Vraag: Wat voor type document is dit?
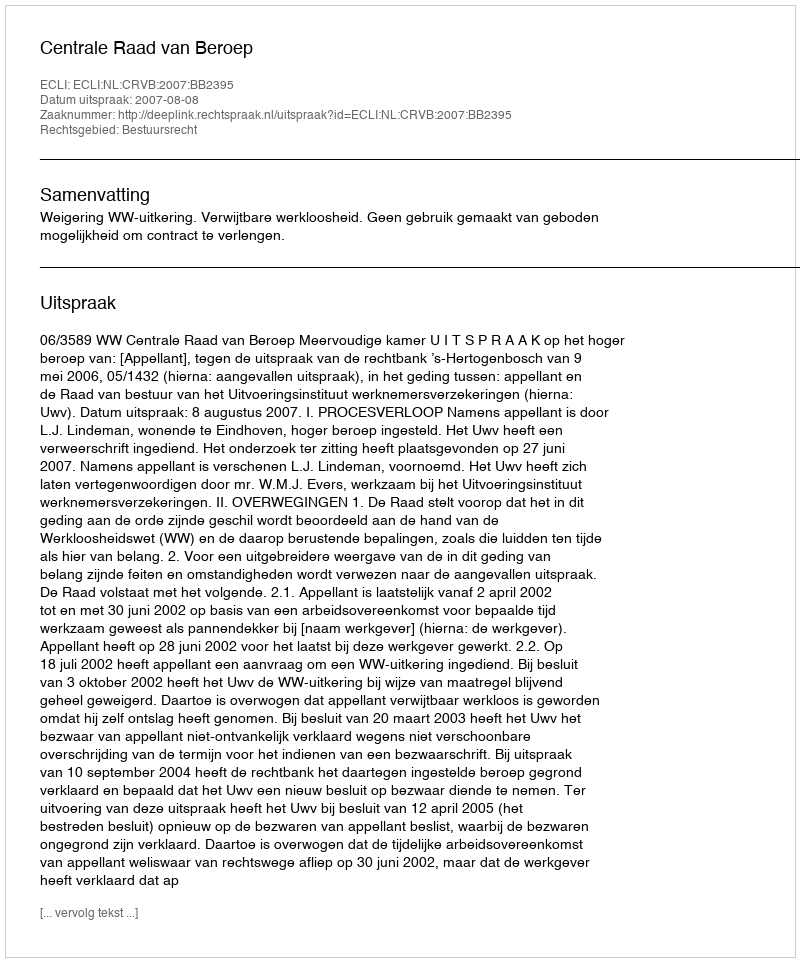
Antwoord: Uitspraak